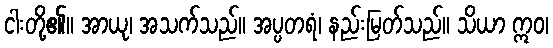
ငါးတို့၏။ အာယု၊ အသက်သည်။ အပ္ပတရံ၊ နည်းမြတ်သည်။ သိယာ ဣဝ၊